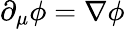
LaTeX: \partial_{\mu}\phi=\nabla\phi